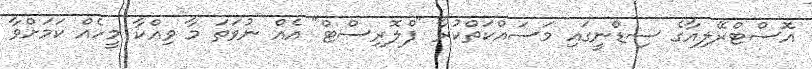
އޮސްޓްރޭލިއާގެ ސިޑްނީގައި މަސައްކަތްކުރާ "ފްލޮރިސްޓް" އެއް ނުވަތަ މާ ވިއްކާ މީހެއް ކަމަށްވާ